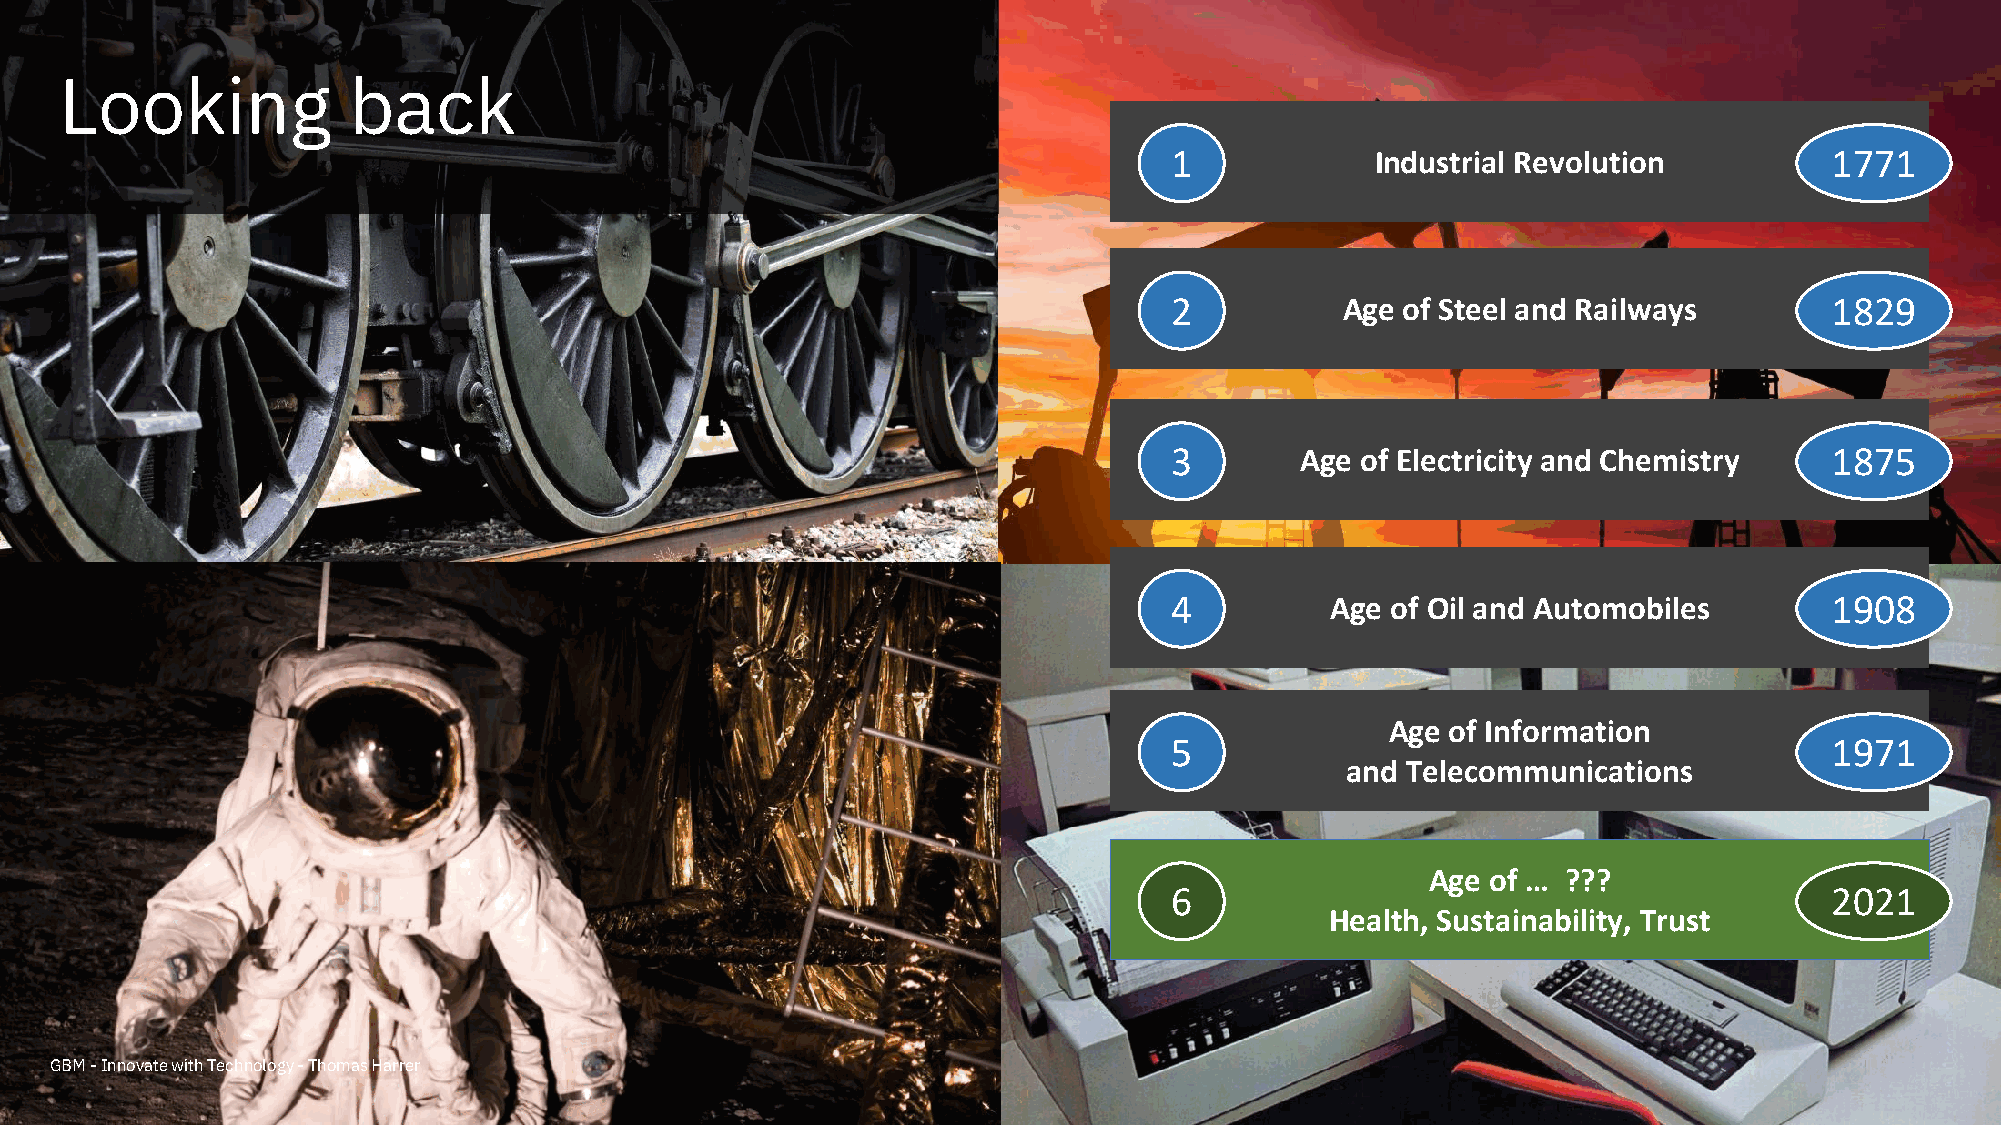
Looking            back
 1             Industrial Revolution         1771
 2           Age of Steel and Railways       1829
 3        Age of Electricity and Chemistry   1875
 4          Age of Oil and Automobiles       1908
 Age of Information
 5                                           1971
 and Telecommunications
 Age of … ???
 6                                           2021
 Health, Sustainability, Trust
 Computerworld Event -Storage and AI -Architecting the Future
 GBM -Innovate with Technology -Thomas Harrer
 -Thomas Harrer